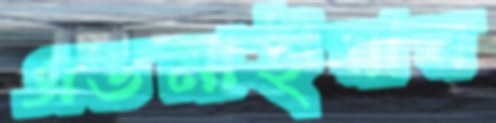
এডমাইয়ার